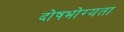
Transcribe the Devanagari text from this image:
दोषभोग्यता